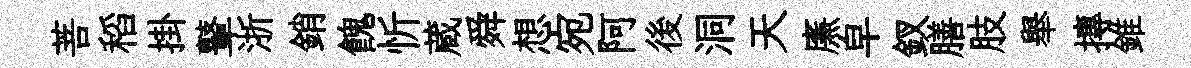
菩稻掛鼙浙銷餽忻蔵舜想宛阿後洞天㢘皁釵膳肢舉摶錐